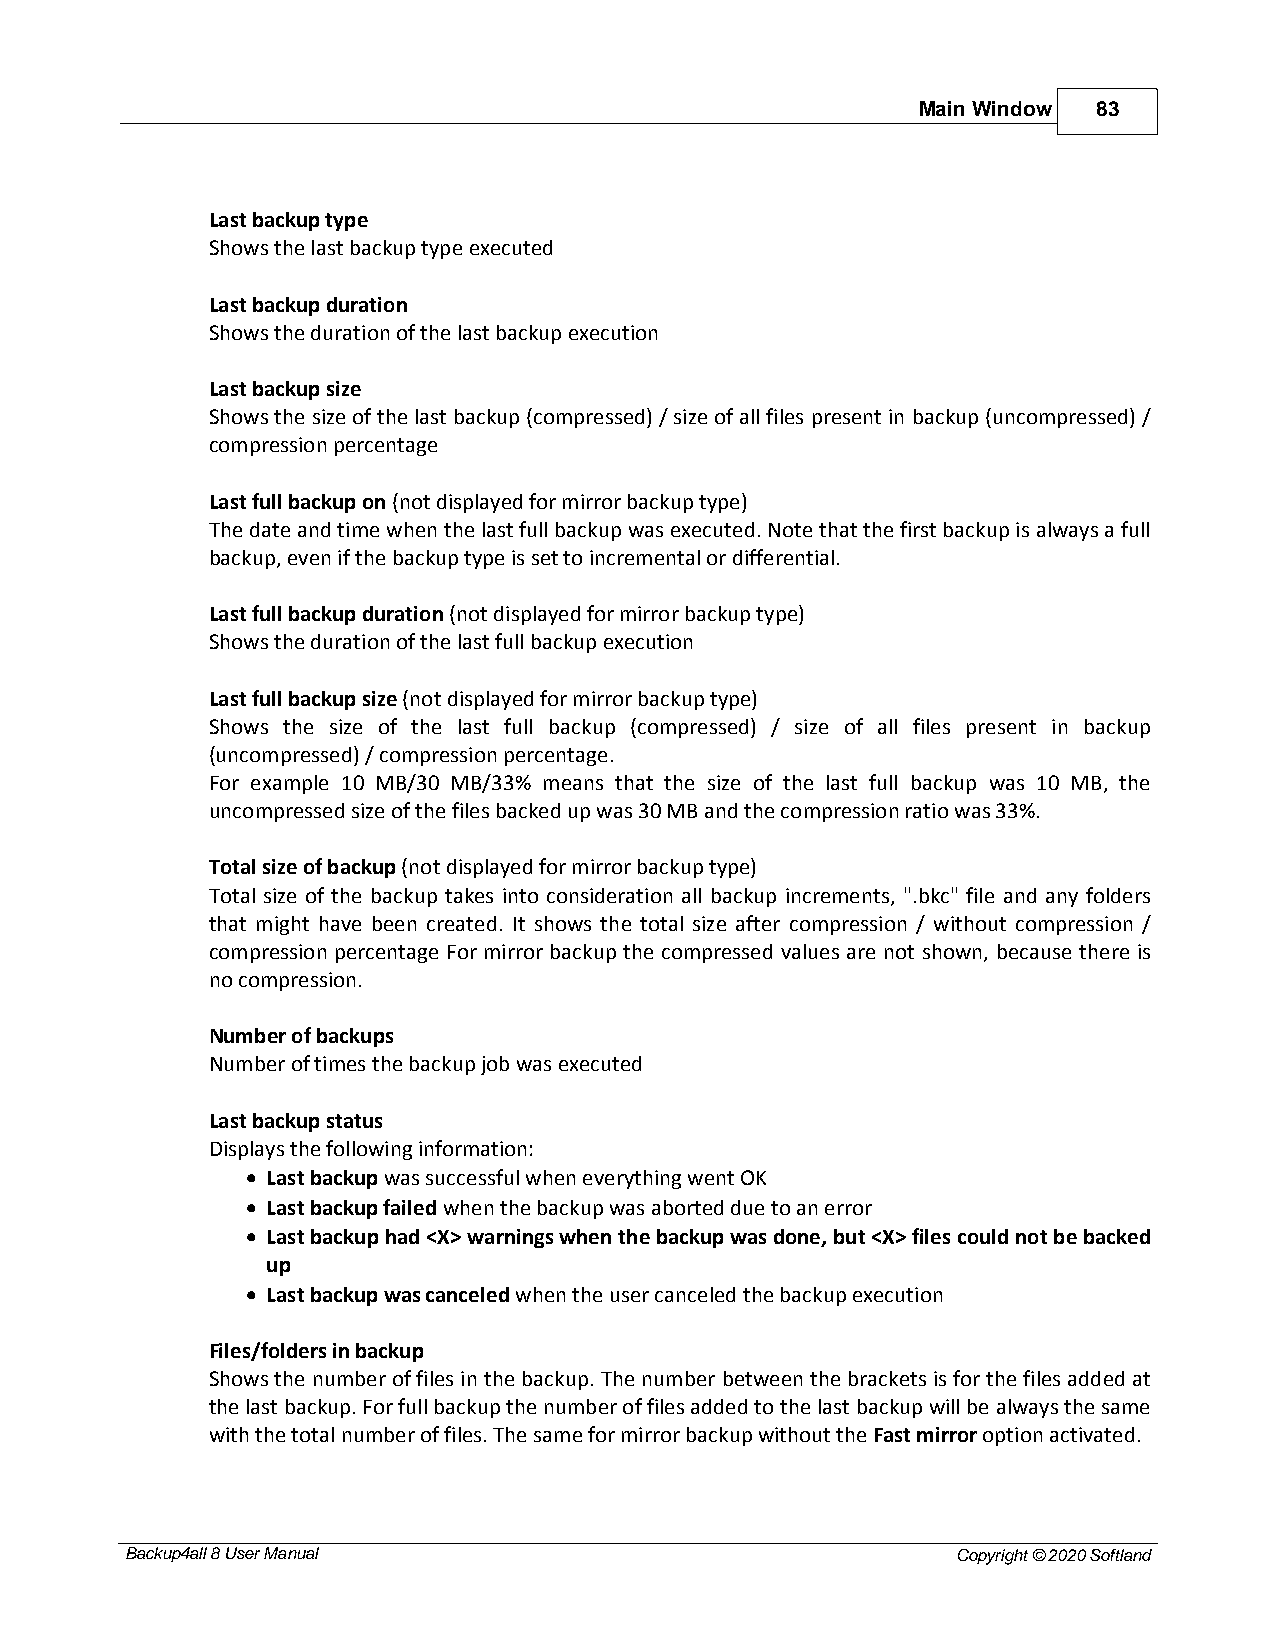
Main Window 83
 Last backup type
 Shows the last backup type executed
 Last backup duration
 Shows the duration of the last backup execution
 Last backup size
 Shows the size of the last backup (compressed) / size of all files present in backup (uncompressed) /
 compression percentage
 Last full backup on (not displayed for mirror backup type)
 The date and time when the last full backup was executed. Note that the first backup is always a full
 backup, even if the backup type is set to incremental or differential.
 Last full backup duration (not displayed for mirror backup type)
 Shows the duration of the last full backup execution
 Last full backup size (not displayed for mirror backup type)
 Shows the size of the last full backup (compressed) / size of all files present in backup
 (uncompressed) / compression percentage.
 For example 10 MB/30 MB/33% means that the size of the last full backup was 10 MB, the
 uncompressed size of the files backed up was 30 MB and the compression ratio was 33%.
 Total size of backup (not displayed for mirror backup type)
 Total size of the backup takes into consideration all backup increments, ".bkc" file and any folders
 that might have been created. It shows the total size after compression / without compression /
 compression percentage For mirror backup the compressed values are not shown, because there is
 no compression.
 Number of backups
 Number of times the backup job was executed
 Last backup status
 Displays the following information:
 · Last backup was successful when everything went OK
 · Last backup failed when the backup was aborted due to an error
 · Last backup had <X> warnings when the backup was done, but <X> files could not be backed
 up
 · Last backup was canceled when the user canceled the backup execution
 Files/folders in backup
 Shows the number of files in the backup. The number between the brackets is for the files added at
 the last backup. For full backup the number of files added to the last backup will be always the same
 with the total number of files. The same for mirror backup without the Fast mirror option activated.
 Backup4all 8 User Manual                               Copyright © 2020 Softland